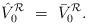
LaTeX: \begin{align*}\hat V_0^{\mathcal R} \ = \ \bar V_0^{\mathcal R}.\end{align*}